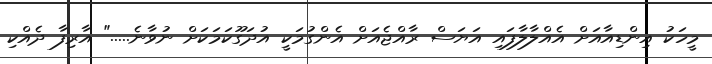
މީހަކު އިންޑިއާއަށް އެއްލާލާފައި އަޔަސް ރާއްޖެއަށް އެންގުމަކީ އުދަގޫކަމަކަށް ނުވާނެ....." އާރިފާ ދެއްކި